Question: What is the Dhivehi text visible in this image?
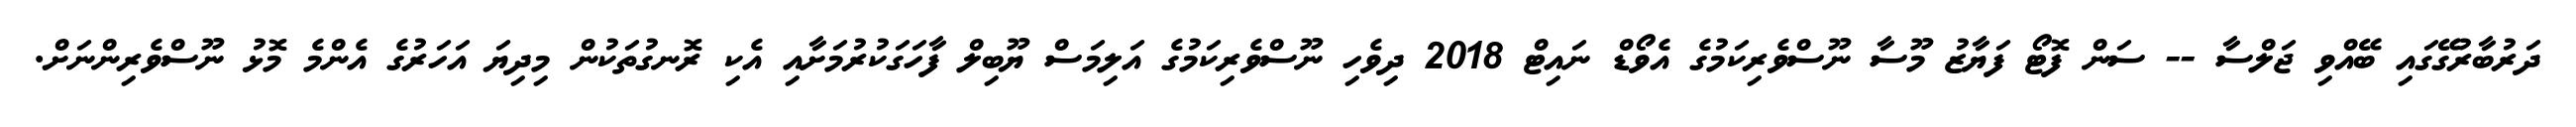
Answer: ދަރުބާރުގޭގައި ބޭއްވި ޖަލްސާ -- ސަން ފޮޓޯ ފަޔާޒު މޫސާ ނޫސްވެރިކަމުގެ އެވޯޑް ނައިޓް 2018 ދިވެހި ނޫސްވެރިކަމުގެ އަލިމަސް ޔޫބިލް ފާހަގަކުރުމަށާއި އެކި ރޮނގުތަކުން މިދިޔަ އަހަރުގެ އެންމެ މޮޅު ނޫސްވެރިންނަށް.